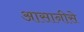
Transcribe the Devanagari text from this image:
आसानीसे